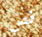
قص